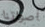
أصواتنا